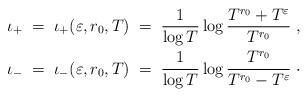
LaTeX: \begin{align*}& \iota_+ \;=\; \iota_+(\varepsilon , r_0, T)\;=\; \frac 1{\log T} \log \frac{T^{r_0} + T^{\varepsilon}}{T^{r_0}} \; , \\& \iota_- \;=\; \iota_-(\varepsilon , r_0, T)\;=\; \frac 1{\log T} \log \frac{T^{r_0}}{T^{r_0} - T^{\varepsilon}}\;\cdot\end{align*}